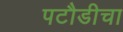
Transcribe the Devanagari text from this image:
पटौडीचा